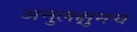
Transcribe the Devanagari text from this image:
अनुलक्षुनच